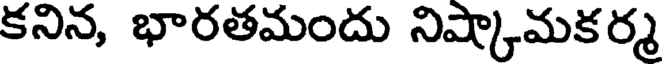
కనిన, భారతమందు నిష్కామకర్మ